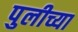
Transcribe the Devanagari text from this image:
पुलीच्या